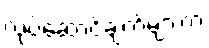
လုပ်ဆောင်ချက်များက